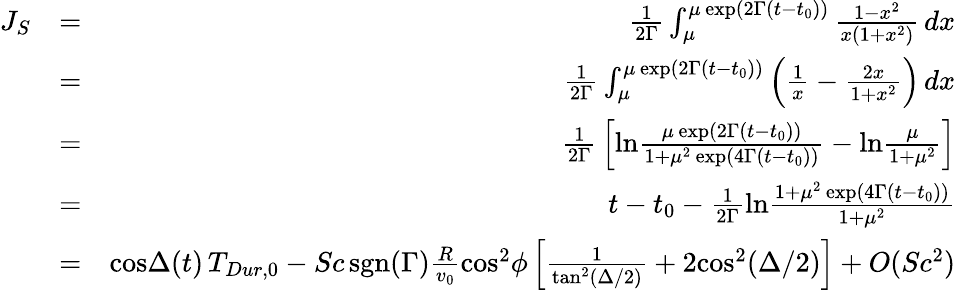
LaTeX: \begin{array}{rlr}{J_{S}}&{=}&{{\frac{1}{2\Gamma}}\int_{\mu}^{\mu\, \mathrm{exp}(2\Gamma(t-t_{0}))}{\frac{1-x^{2}}{x(1+x^{2})}}\, dx}\\ &{=}&{{\frac{1}{2\Gamma}}\int_{\mu}^{\mu\, \mathrm{exp}(2\Gamma(t-t_{0}))}\left({\frac{1}{x}}-{\frac{2x}{1+x^{2}}}\right)\, dx}\\ &{=}&{{\frac{1}{2\Gamma}}\left[\mathrm{ln}{\frac{\mu\, \mathrm{exp}(2\Gamma(t-t_{0}))}{1+\mu^{2}\, \mathrm{exp}(4\Gamma(t-t_{0}))}}-\mathrm{ln}{\frac{\mu}{1+\mu^{2}}}\right]}\\ &{=}&{t-t_{0}-{\frac{1}{2\Gamma}}\mathrm{ln}{\frac{1+\mu^{2}\, \mathrm{exp}(4\Gamma(t-t_{0}))}{1+\mu^{2}}}}\\ &{=}&{\mathrm{cos}\Delta(t)\, T_{Dur,0}-Sc\, \mathrm{sgn}(\Gamma){\frac{R}{v_{0}}}\mathrm{cos}^{2}\phi\left[{\frac{1}{\mathrm{tan}^{2}(\Delta/2)}}+2\mathrm{cos}^{2}(\Delta/2)\right]+O(Sc^{2})}\end{array}